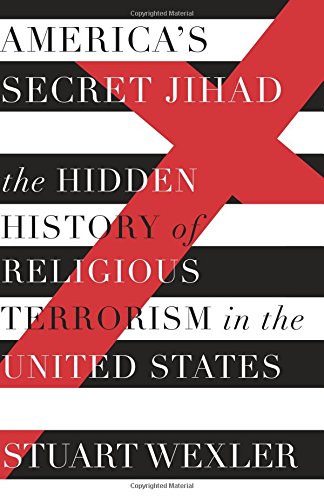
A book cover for America's Secret Jihad: The Hidden History of Religious Terrorism in the United States; Stuart Wexler; Religion & Spirituality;